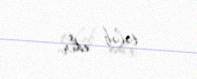
tələb edir.